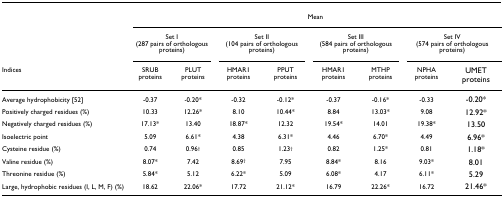
<table><thead><tr><td></td><td colspan="8"><b>Mean</b></td></tr><tr><td></td><td colspan="2"><b>Set I (287 pairs of orthologous proteins)</b></td><td colspan="2"><b>Set II (104 pairs of orthologous proteins)</b></td><td colspan="2"><b>Set III (584 pairs of orthologous proteins)</b></td><td colspan="2"><b>Set IV (574 pairs of orthologous proteins)</b></td></tr><tr><td><b>Indices</b></td><td><b>SRUB proteins</b></td><td><b>PLUT proteins</b></td><td><b>HMAR1 proteins</b></td><td><b>PPUT proteins</b></td><td><b>HMAR1 proteins</b></td><td><b>MTHP proteins</b></td><td><b>NPHA proteins</b></td><td><b>UMET proteins</b></td></tr></thead><tbody><tr><td>Average hydrophobicity [52]</td><td>-0.37</td><td>-0.20*</td><td>-0.32</td><td>-0.12*</td><td>-0.37</td><td>-0.16*</td><td>-0.33</td><td>-0.20*</td></tr><tr><td>Positively charged residues (%)</td><td>10.33</td><td>12.26*</td><td>8.10</td><td>10.44*</td><td>8.84</td><td>13.03*</td><td>9.08</td><td>12.92*</td></tr><tr><td>Negatively charged residues (%)</td><td>17.13*</td><td>13.40</td><td>18.87*</td><td>12.32</td><td>19.54*</td><td>14.01</td><td>19.38*</td><td>13.50</td></tr><tr><td>Isoelectric point</td><td>5.09</td><td>6.61*</td><td>4.38</td><td>6.31*</td><td>4.46</td><td>6.70*</td><td>4.49</td><td>6.96*</td></tr><tr><td>Cysteine residue (%)</td><td>0.74</td><td>0.96<sup>†</sup></td><td>0.85</td><td>1.23<sup>†</sup></td><td>0.82</td><td>1.25*</td><td>0.81</td><td>1.18*</td></tr><tr><td>Valine residue (%)</td><td>8.07*</td><td>7.42</td><td>8.69<sup>†</sup></td><td>7.95</td><td>8.84*</td><td>8.16</td><td>9.03*</td><td>8.01</td></tr><tr><td>Threonine residue (%)</td><td>5.84*</td><td>5.12</td><td>6.22*</td><td>5.09</td><td>6.08*</td><td>4.17</td><td>6.11*</td><td>5.29</td></tr><tr><td>Large, hydrophobic residues (I, L, M, F) (%)</td><td>18.62</td><td>22.06*</td><td>17.72</td><td>21.12*</td><td>16.79</td><td>22.26*</td><td>16.72</td><td>21.46*</td></tr></tbody></table>